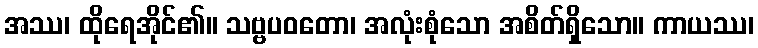
အဿ၊ ထိုရေအိုင်၏။ သဗ္ဗပဝတော၊ အလုံးစုံသော အစိတ်ရှိသော။ ကာယဿ၊